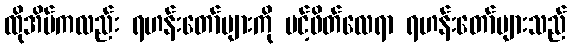
ထိုအိမ်ကလည်း ရဟန်းတော်များကို ပင့်ဖိတ်လေရာ ရဟန်းတော်များသည်